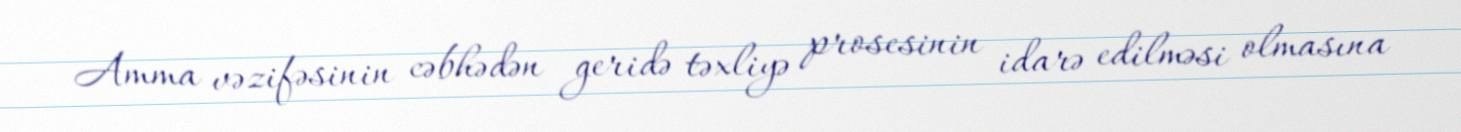
Amma vəzifəsinin cəbhədən geridə təxliyə prosesinin idarə edilməsi olmasına